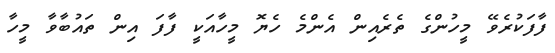
ފާފަކުރެވޭ މީހުންގެ ތެރެއިން އެންމެ ހެޔޮ މީހާއަކީ ފާފަ އިން ތައުބާވާ މީހާ